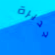
جديرة